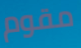
مقوم